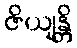
ဇိယျန္တိ